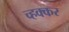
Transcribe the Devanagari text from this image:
च्हक्कर